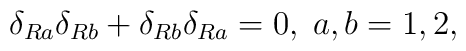
\delta _{Ra}\delta _{Rb}+\delta _{Rb}\delta _{Ra}=0,\;a,b=1,2,